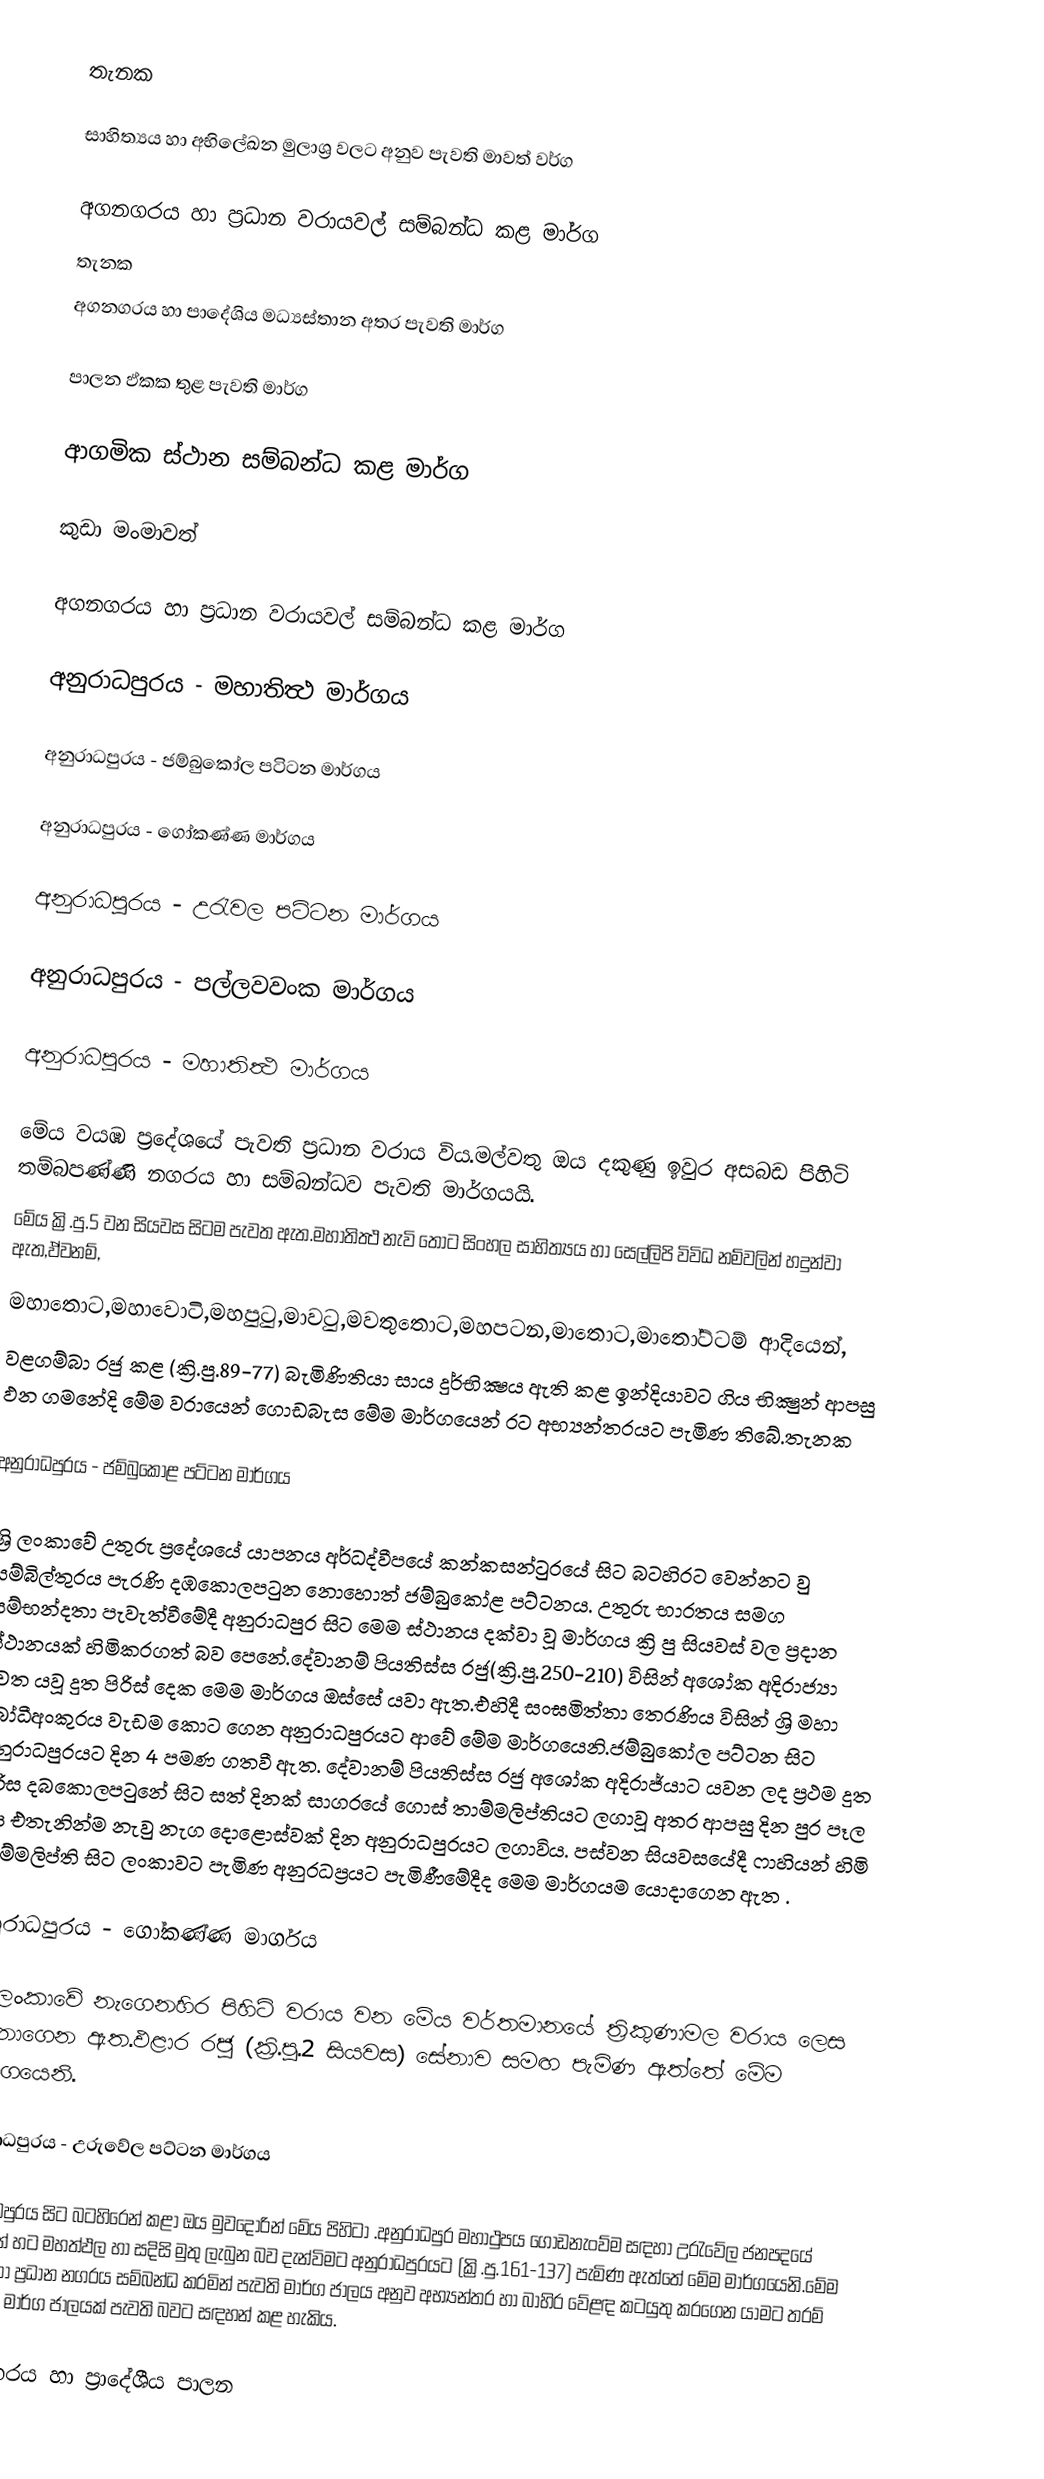
තැනක

සාහිත්‍යය හා අභිලේඛන මුලාශ්‍ර වලට අනුව පැවති මාවත් වර්ග

අගනගරය හා ප්‍රධාන වරායවල් සම්බන්ධ කළ මාර්ග
තැනක
අගනගරය හා පාදේශිය මධ්‍යස්තාන අතර පැවති  මාර්ග

පාලන ඵ්කක තුළ පැවති මාර්ග

ආගමික ස්ථාන සම්බන්ධ කළ මාර්ග

කුඩා මංමාවත්

අගනගරය හා ප්‍රධාන වරායවල් සම්බන්ධ කළ මාර්ග

අනුරාධපුරය - මහාතිත්‍ථ මාර්ගය

අනුරාධපුරය - ජම්බුකෝල පටිටන මාර්ගය

අනුරාධපුරය - ගෝකණ්ණ මාර්ගය

අනුරාධපුරය - උරැවල පට්ටන මාර්ගය

අනුරාධපුරය - පල්ලවවංක මාර්ගය

අනුරාධපුරය - මහාතිත්‍ථ මාර්ගය

මේය වයඹ ප්‍රදේශයේ පැවති ප්‍රධාන වරාය විය.මල්වතු ඔය දකුණු ඉවුර අසබඩ පිහිටි තම්බපණ්ණි නගරය හා සම්බන්ධව පැවති මාර්ගයයි.
මේය ක්‍රි.පු.5 වන සියවස සිටම පැවත ඇත.මහාතිත්‍ථ නැවි තොට සිංහල සාහිත්‍යය හා සෙල්ලිපි විවිධ නම්වලින් හදුන්වා ඇත,ඵ්වනම්,
මහාතොට,මහාවොටි,මහපුටු,මාවටු,මවතුතොට,මහපටන,මාතොට,මාතෝට්ටම් ආදියෙන්,
වළගම්බා රජු කළ (ක්‍රි.පු.89-77) බැමිණිතියා සාය දුර්භික්‍ෂය ඇති කළ ඉන්දියාවට ගිය භික්‍ෂුන් ආපසු ඵන ගමනේදි මේම වරායෙන් ගොඩබැස මේම මාර්ගයෙන් රට අභ්‍යන්තරයට පැමිණ තිබේ.තැනක

අනුරාධපුරය -  ජම්බුකෝළ පට්ටන මාර්ගය

ශ්‍රි ලංකාවේ උතුරු ප්‍රදේශයේ යාපනය අර්ධද්වීපයේ කන්කසන්ටුරයේ සිට බටහිරට වෙන්නට වු සම්බිල්තුරය පැරණි දඹකොලපටුන නොහොත් ජම්බුකෝළ පට්ටනය. උතුරු භාරතය සමග සම්භන්දතා පැවැත්වීමේදී අනුරාධපුර සිට මෙම ස්ථානය දක්වා වූ මාර්ගය ක්‍රි පු සියවස් වල ප්‍රදාන ස්ථානයක් හිමිකරගත් බව පෙනේ.දේවානම් පියතිස්ස රජු(ක්‍රි.පු.250-210) විසින් අශෝක අදිරාජ්‍යා වෙත යවූ දුත පිරිස් දෙක මෙම මාර්ගය ඔස්සේ යවා ඇත.එහිදී සංඝමිත්තා තෙරණිය විසින්  ශ්‍රි මහා බෝධීඅංකුරය වැඩම කොට ගෙන අනුරාධපුරයට ආවේ මේම මාර්ගයෙනි.ජම්බුකෝල පට්ටන සිට අනුරාධපුරයට දින 4 පමණ ගතවී ඇත. දේවානම් පියතිස්ස රජු අශෝක අදිරාජ්යාට යවන ලද ප්‍රථම දුත පිරිස දබකොලපටුනේ සිට සත් දිනක් සාගරයේ ගොස් තාම්මලිප්තියට ලගාවූ අතර ආපසු දින පුර පෑල විය එතැනින්ම  නැවු නැග දොළොස්වක් දින අනුරාධපුරයට ලගාවිය. පස්වන සියවසයේදී ෆාහියන් හිමි  තාම්මලිප්ති සිට ලංකාවට පැමිණ අනුරධප්‍රයට පැමිණීමේදීද  මෙම මාර්ගයම යොදාගෙන ඇත .

අනුරාධපුරය - ගෝකණ්ණ මාර්ගය

ශ්‍රි ලංකාවේ නැගෙනහිර පිහිටි වරාය වන මේය වර්තමානයේ ත්‍රිකුණාමල වරාය ලෙස හදුනාගෙන ඇත.ඵළාර රජු (ක්‍රි.පු.2 සියවස) සේනාව සමඟ පැමිණ ඇත්තේ මේම මාර්ගයෙනි.

අනුරාධපුරය - උරුවේල පට්ටන මාර්ගය

අනුරාධපුරය සිට බටහිරෙන් කළා ඔය මුවදොරින් මේය පිහිටා .අනුරාධපුර මහාථුපය ගොඩනැංව්ම සඳහා උරැවේල ජනපදයේ ධීවරයන් හට මහත්ඵල හා සදිසි මුතු ලැබුන බව දැන්විමට අනුරාධපුරයට (ක්‍රි.පු.161-137) පැමිණ ඇත්තේ මේම මාර්ගයෙනි.මේම වරාය හා ප්‍රධාන නගරය සම්බන්ධ කරමින් පැවති මාර්ග ජාලය අනුව අභ්‍යන්තර හා බාහිර වේළඳ කටයුතු කරගෙන යාමට තරම් විහිදුණු මාර්ග ජාලයක් පැවති බවට සඳහන් කළ හැකිය.

අගනගරය හා ප්‍රාදේශීය පාලන